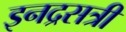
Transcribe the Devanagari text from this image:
इनद्रसत्री